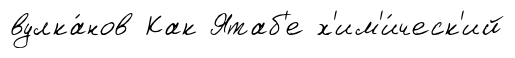
вулка́нов Как Ятаб'е х'им'и́ческ'ий